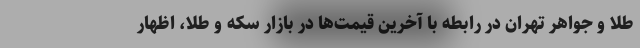
طلا و جواهر تهران در رابطه با آخرین قیمت‌ها در بازار سکه و طلا، اظهار